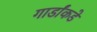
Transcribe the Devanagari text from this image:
गार्डांकडे